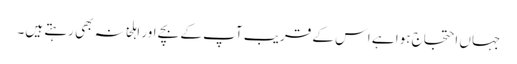
جہاں احتجاج ہوا ہے اس کے قریب آپ کے بچے اور اہلخانہ بھی رہتے ہیں۔